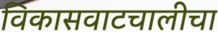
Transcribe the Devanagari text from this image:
विकासवाटचालीचा